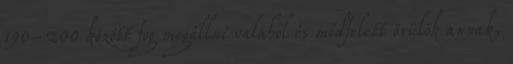
190-200 között fog megállni valahol és módfelett örülök annak,